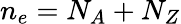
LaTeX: n_{e}=N_{A}+N_{Z}